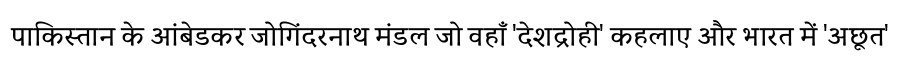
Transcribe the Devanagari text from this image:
पाकिस्तान के आंबेडकर जोगिंदरनाथ मंडल जो वहाँ 'देशद्रोही' कहलाए और भारत में 'अछूत'